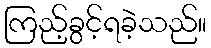
ကြည့်ခွင့်ရခဲ့သည်။